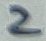
Text: 2